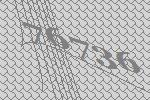
76736